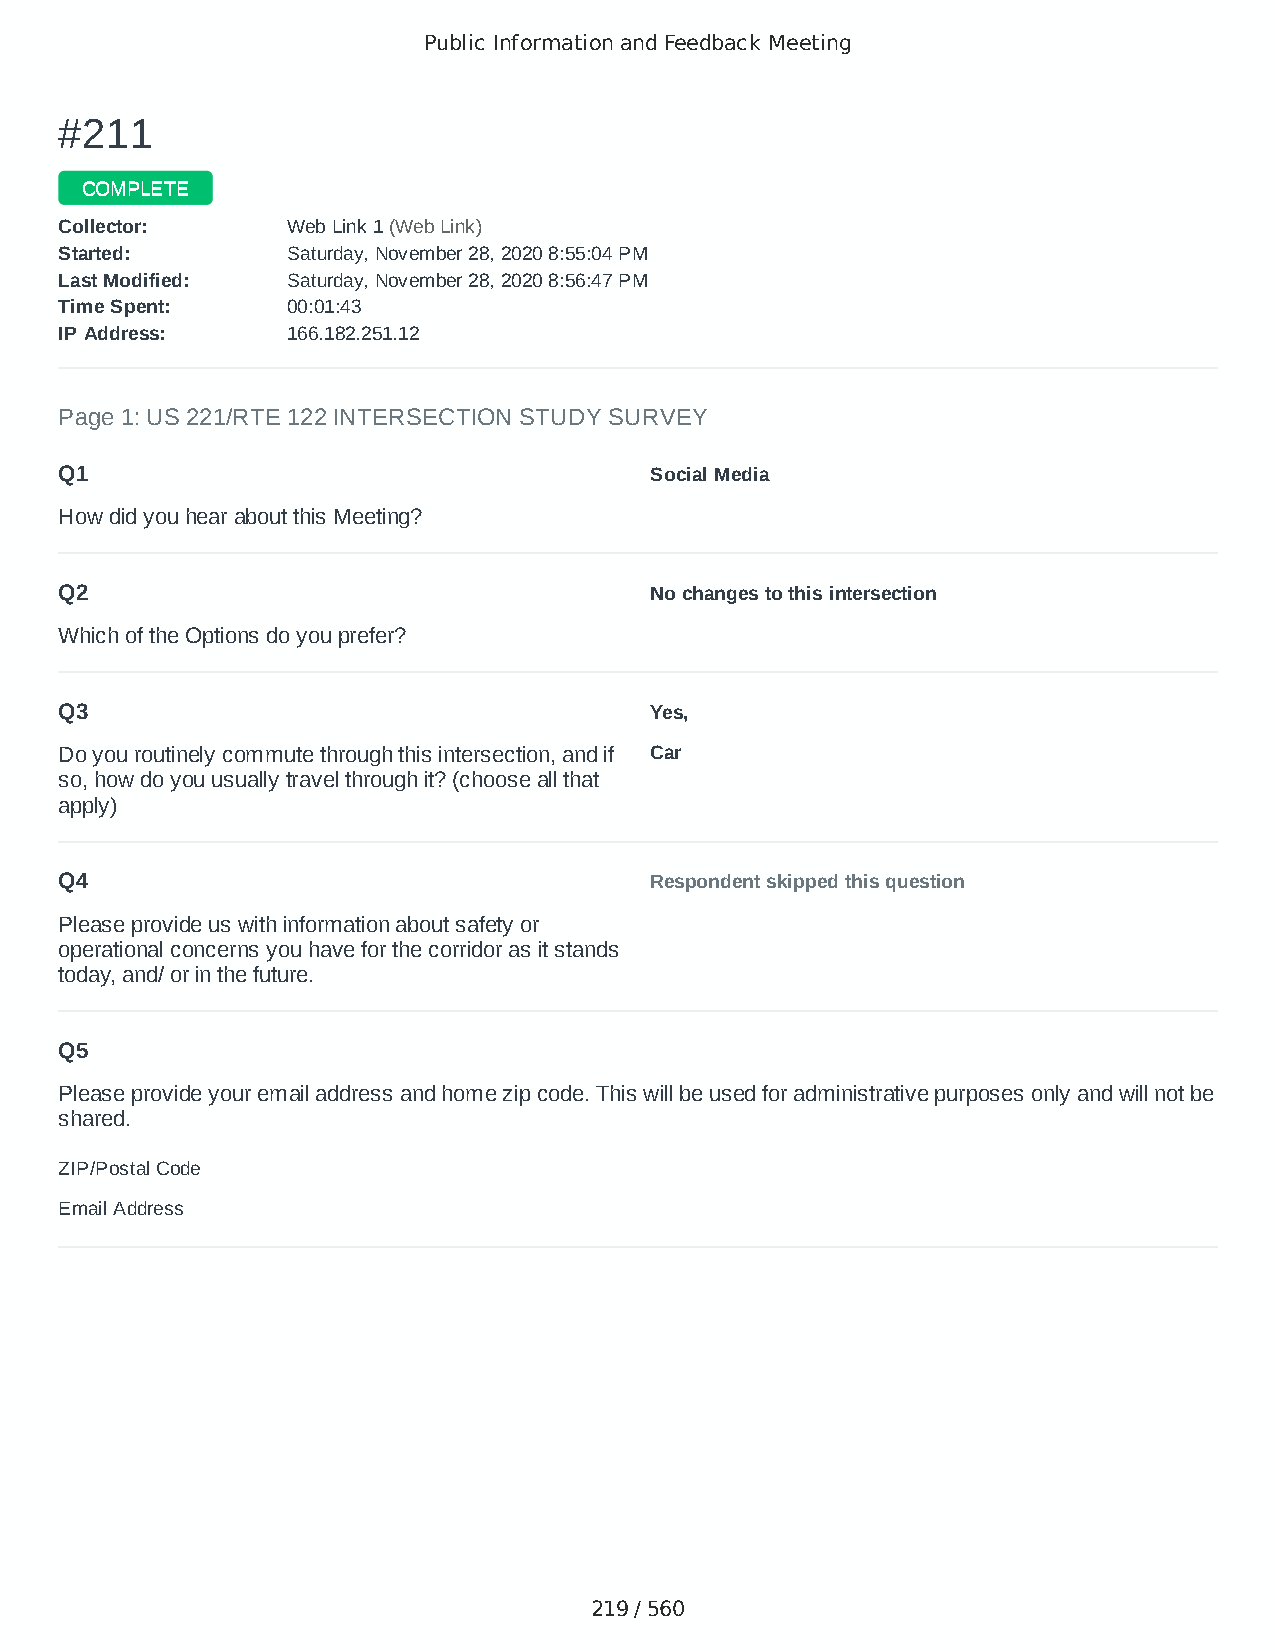
Public Information and Feedback Meeting
 ##221111
 CCOOMMPPLLEETTEE
 CCoolllleeccttoorr:: WWeebb LLiinnkk 11 ((WWeebb LLiinnkk))
 SSttaarrtteedd:: SSaattuurrddaayy,, NNoovveemmbbeerr 2288,, 22002200 88::5555::0044 PPMM
 LLaasstt MMooddiiffiieedd:: SSaattuurrddaayy,, NNoovveemmbbeerr 2288,, 22002200 88::5566::4477 PPMM
 TTiimmee SSppeenntt:: 0000::0011::4433
 IIPP AAddddrreessss:: 116666..118822..225511..1122
 Page 1: US 221/RTE 122 INTERSECTION STUDY SURVEY
 Q1                                     Social Media
 How did you hear about this Meeting?
 Q2                                     No changes to this intersection
 Which of the Options do you prefer?
 Q3                                     Yes,
 Do you routinely commute through this intersection, and if Car
 so, how do you usually travel through it? (choose all that
 apply)
 Q4                                     Respondent skipped this question
 Please provide us with information about safety or
 operational concerns you have for the corridor as it stands
 today, and/ or in the future.
 Q5
 Please provide your email address and home zip code. This will be used for administrative purposes only and will not be
 shared.
 ZIP/Postal Code                        24526
 Email Address                          01sawdawg@gmail.com
 219 / 560